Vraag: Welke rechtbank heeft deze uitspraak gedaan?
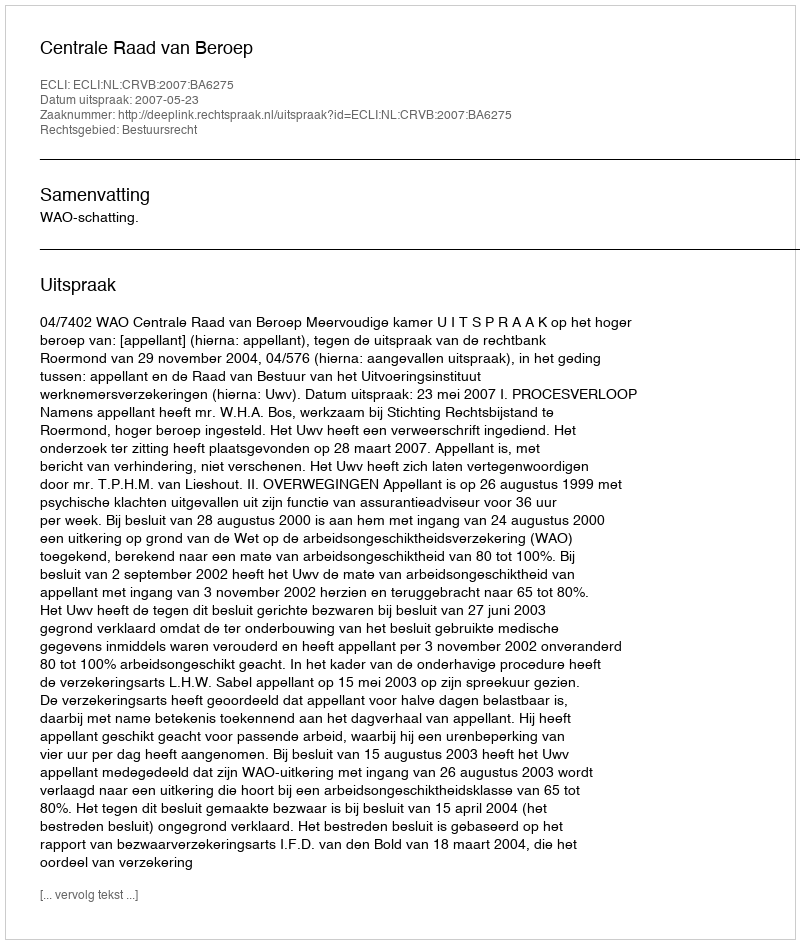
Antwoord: Centrale Raad van Beroep